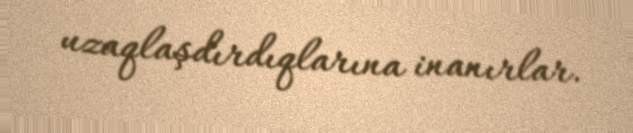
uzaqlaşdırdıqlarına inanırlar.